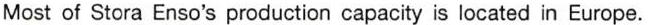
Most of Stora Enso's production capacity is located in Europe.